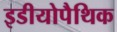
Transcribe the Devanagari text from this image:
इडीयोपैथिक